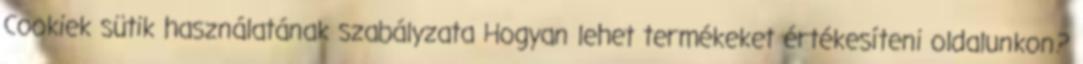
Cookiek sütik használatának szabályzata Hogyan lehet termékeket értékesíteni oldalunkon?